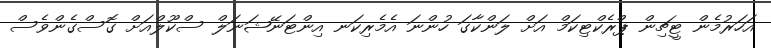
އަހަރުމެން ޓީޗިން ޕްރެކްޓިކަމް އަށް ލަންކާގަ ހުންނަ އެމެރިކަނ އިންޓަނޭޝަނަލް ސްކޫލްއަށް ގޮސްގެންވެސް